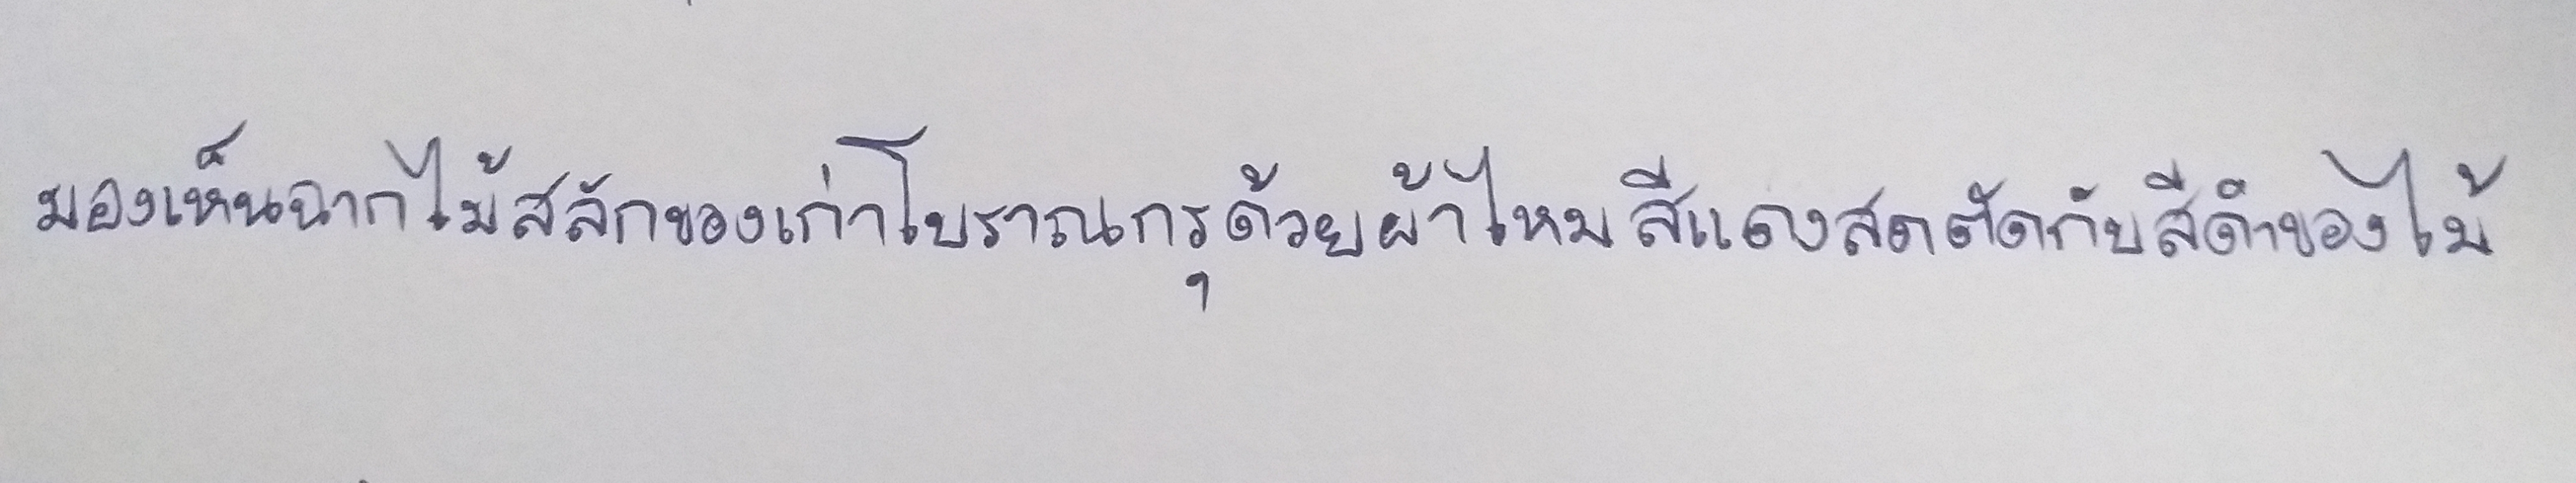
มองเห็นฉากไม้สลักของเก่าโบราณกรุด้วยผ้าไหมสีแดงสดตัดกับสีดำของไม้